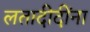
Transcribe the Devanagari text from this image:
लतादीदींना